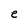
Character: e